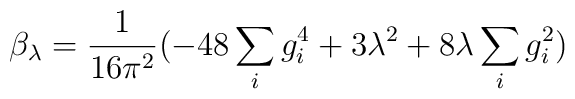
\beta_{\lambda} = \frac{1}{16 \pi^2} (- 48 \sum_{i}g_{i}^4 + 3 \lambda^2 + 8\lambda \sum_{i} g_{i}^2)